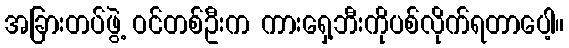
အခြားတပ်ဖွဲ့ ဝင်တစ်ဦးက ကားရှေ့ဘီးကိုပစ်လိုက်ရတာပေါ့။